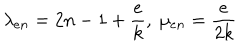
\lambda _ { e n } = 2 n - 1 + \frac { e } { k } , \ \mu _ { e n } = \frac { e } { 2 k }